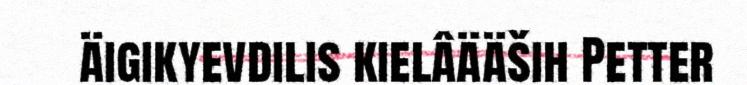
äigikyevdilis kielâääših Petter